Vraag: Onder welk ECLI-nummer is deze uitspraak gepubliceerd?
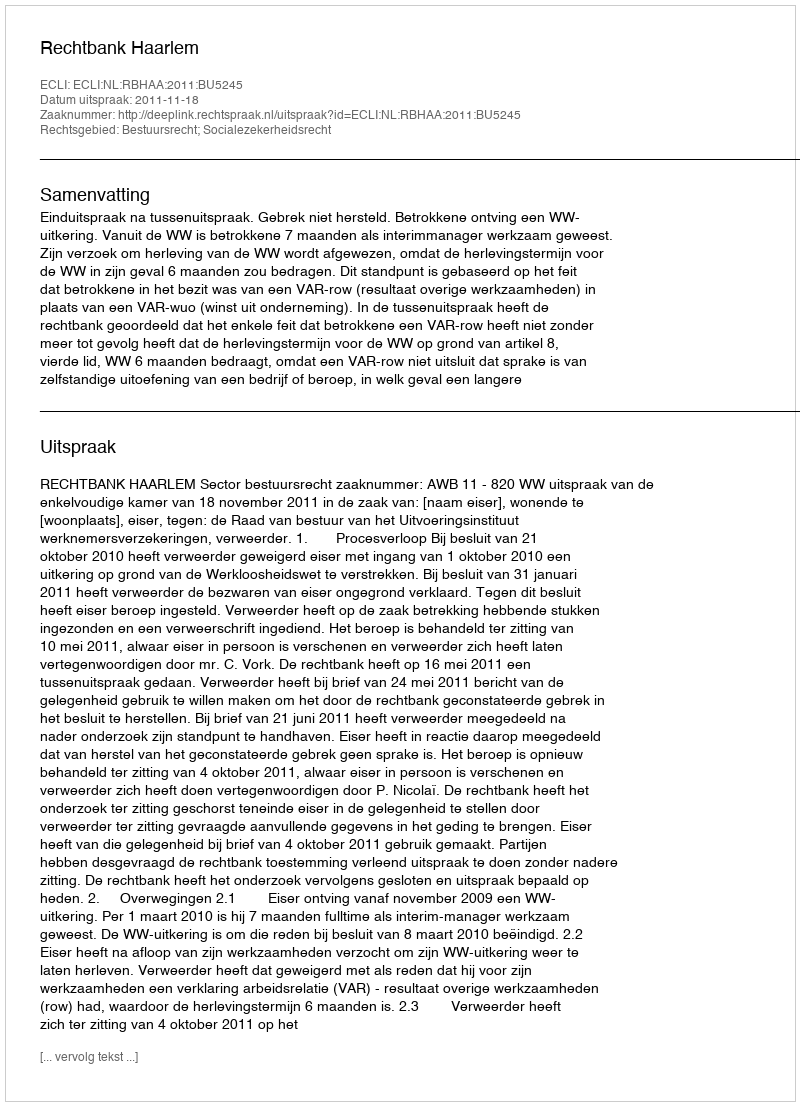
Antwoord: ECLI:NL:RBHAA:2011:BU5245